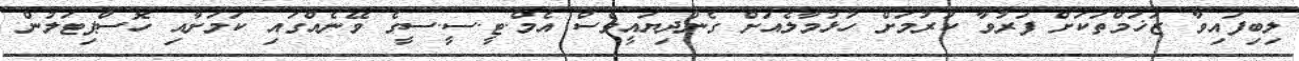
ލިބިފައިވާ ޒަޚަމްތަކަށް ފަރުވާ ކުރުމަށް ހުޅުމާލެއަށް ގެންދިޔައީވެސް އެމް.ޓީ.ސީ.ސީގެ ވޭނެއްގައި ކަމަށާއި ހޮސްޕިޓަލުން